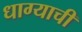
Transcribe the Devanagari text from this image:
धाग्याची